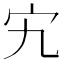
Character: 宄